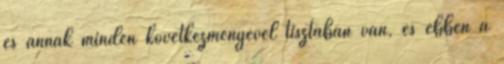
és annak minden következményével tisztában van, és ebben a